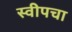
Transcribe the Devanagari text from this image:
स्वीपचा